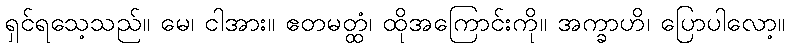
ရှင်ရသေ့သည်။ မေ၊ ငါအား။ ဧတမတ္ထံ၊ ထိုအကြောင်းကို။ အက္ခာဟိ၊ ပြောပါလော့။